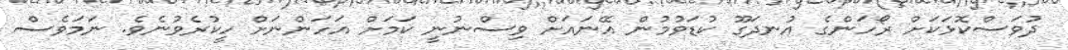
ދުވަސްކޮޅަކަށް ރޯހަންގެ އުނދަގޫ ކުޑަވުމުން އޭނައަށް ވިސްނުނީ ކަމަށް އަހަންނަށް ހީކުރެވުނެވެ. ނަމަވެސް